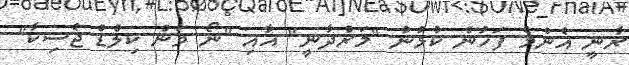
ރާނީ އެންމެ ފަހުން ކުޅުނު "މަރްދާނީ" އާއި "ނޯ ވަން ކިލްޑް ޖެސިކާ"